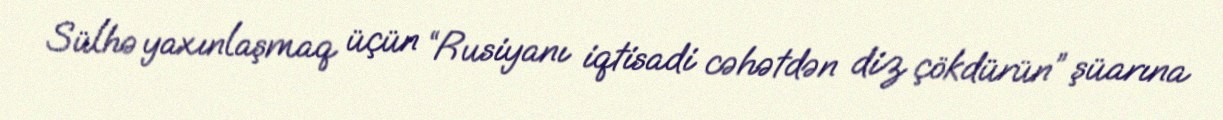
Sülhə yaxınlaşmaq üçün “Rusiyanı iqtisadi cəhətdən diz çökdürün” şüarına